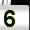
Digit: 5